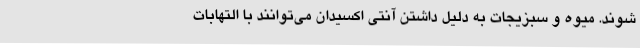
شوند. میوه و سبزیجات به دلیل داشتن آنتی اکسیدان می‌توانند با التهابات